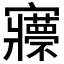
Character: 𡬇